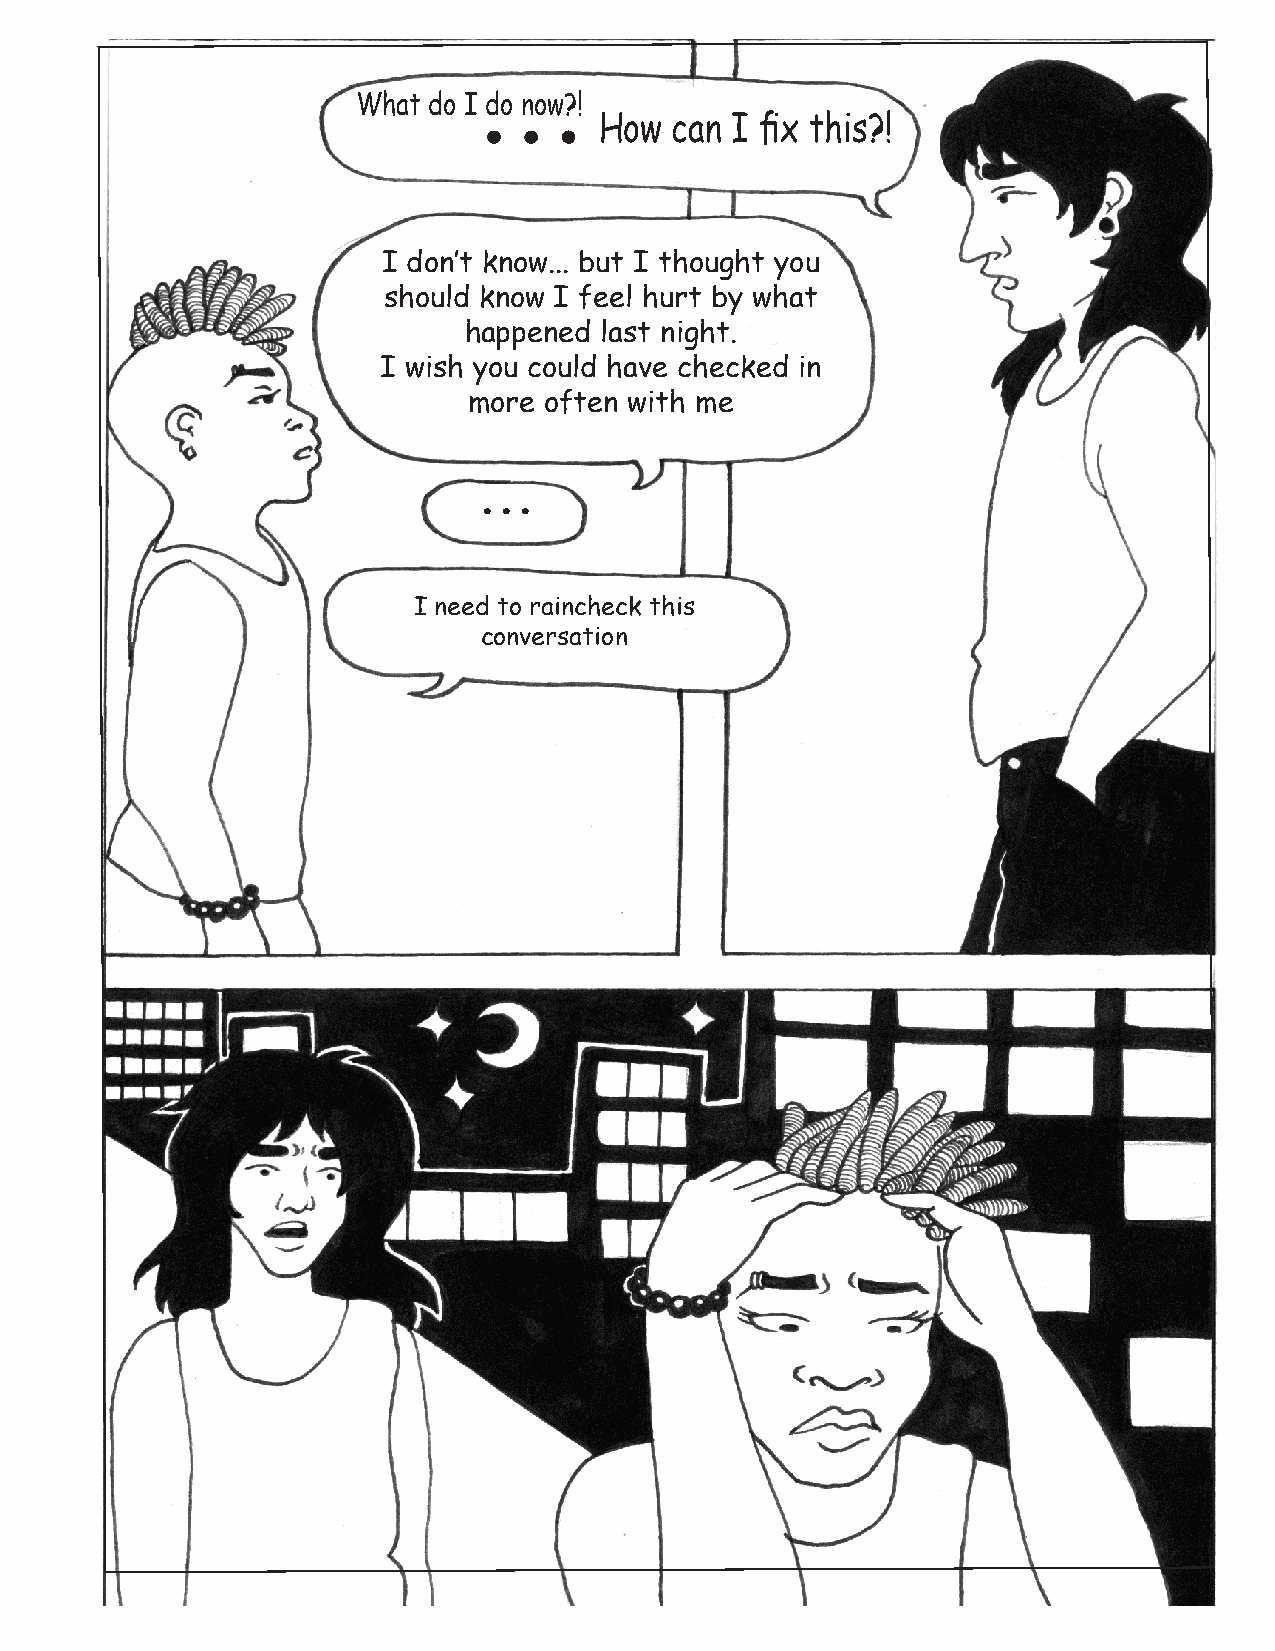
...
 What do I do now?!
 How  can I fix this?!
 I don’t know... but I thought you
 should know I feel hurt by what
 happened last night.
 I wish you could have checked in
 more often with me
 ...
 I need to raincheck this
 conversation